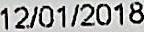
12/01/2018